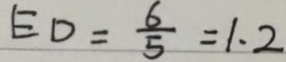
E D = \frac { 6 } { 5 } = 1 . 2